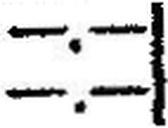
—.—